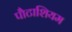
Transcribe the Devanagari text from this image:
पौटाशियम